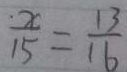
\frac { x } { 1 5 } = \frac { 1 3 } { 1 6 }